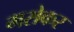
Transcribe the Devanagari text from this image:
मसेकर